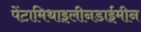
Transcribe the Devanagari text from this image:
पेंटामिथाइलीनडाईमीन